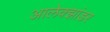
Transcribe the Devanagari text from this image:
आलेक्झांडर